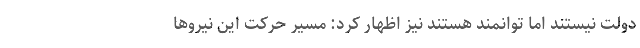
دولت نیستند اما توانمند هستند نیز اظهار کرد: مسیر حرکت این نیروها